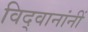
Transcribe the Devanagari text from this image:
विद्वानांनीं